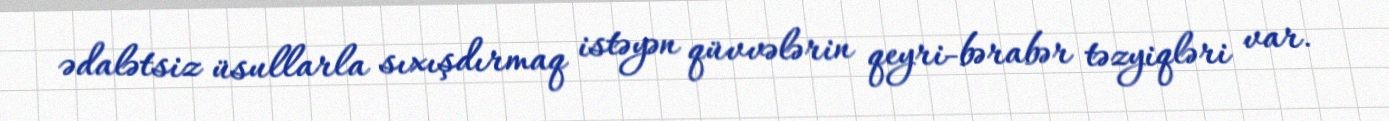
ədalətsiz üsullarla sıxışdırmaq istəyən qüvvələrin qeyri-bərabər təzyiqləri var.